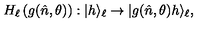
H _ { \ell } \left( g ( \hat { n } , \theta ) \right) : | h \rangle _ { \ell } \to | g ( \hat { n } , \theta ) h \rangle _ { \ell } ,